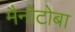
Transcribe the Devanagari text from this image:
मैनोटोबा